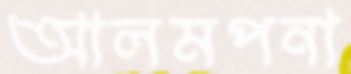
আলমপনা